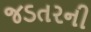
જડતરની